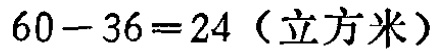
\(60 - 36 = 24 \text{（立方米）}\)